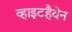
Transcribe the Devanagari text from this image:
व्हाइटहैवेन